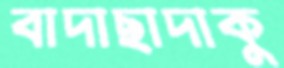
বাদাছাদাকু